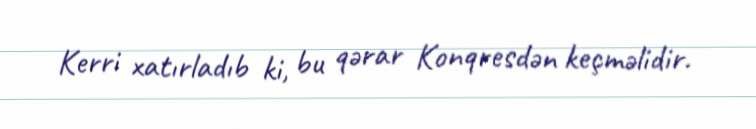
Kerri xatırladıb ki, bu qərar Konqresdən keçməlidir.